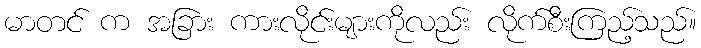
မာတင် က အခြား ကားလိုင်းများကိုလည်း လိုက်စီးကြည့်သည်။